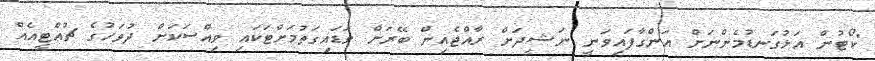
"ކޯޓުން އަޅުގަނޑުމެންނަށް އަންގާފައިވަނީ ނަޝީދަށް ރާއްޖެއިން ބޭރަށް ވަޑައިގަތުމަށްޓަކައި ވިއްސަކަށް ދުވަހުގެ ޗުއްޓީއެއް